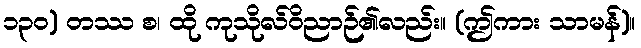
၁၃၀) တဿ စ၊ ထို ကုသိုလ်ဝိညာဉ်၏လည်း။ (ဤကား သာမန်)။